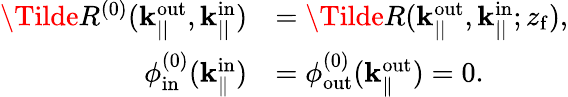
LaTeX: \begin{array}{rl}{\Tilde{R}^{(0)}(\mathbf{k}_{||}^{\mathrm{out}},\mathbf{k}_{||}^{\mathrm{in}})}&{=\Tilde{R}(\mathbf{k}_{||}^{\mathrm{out}},\mathbf{k}_{||}^{\mathrm{in}};z_{\mathrm{f}}),}\\ {\phi_{\mathrm{in}}^{(0)}(\mathbf{k}_{\parallel}^{\mathrm{in}})}&{=\phi_{\mathrm{out}}^{(0)}(\mathbf{k}_{\parallel}^{\mathrm{out}})=0.}\end{array}